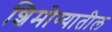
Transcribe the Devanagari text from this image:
शिमोग्यातील